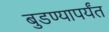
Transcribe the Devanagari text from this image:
बुडण्यापर्यंत